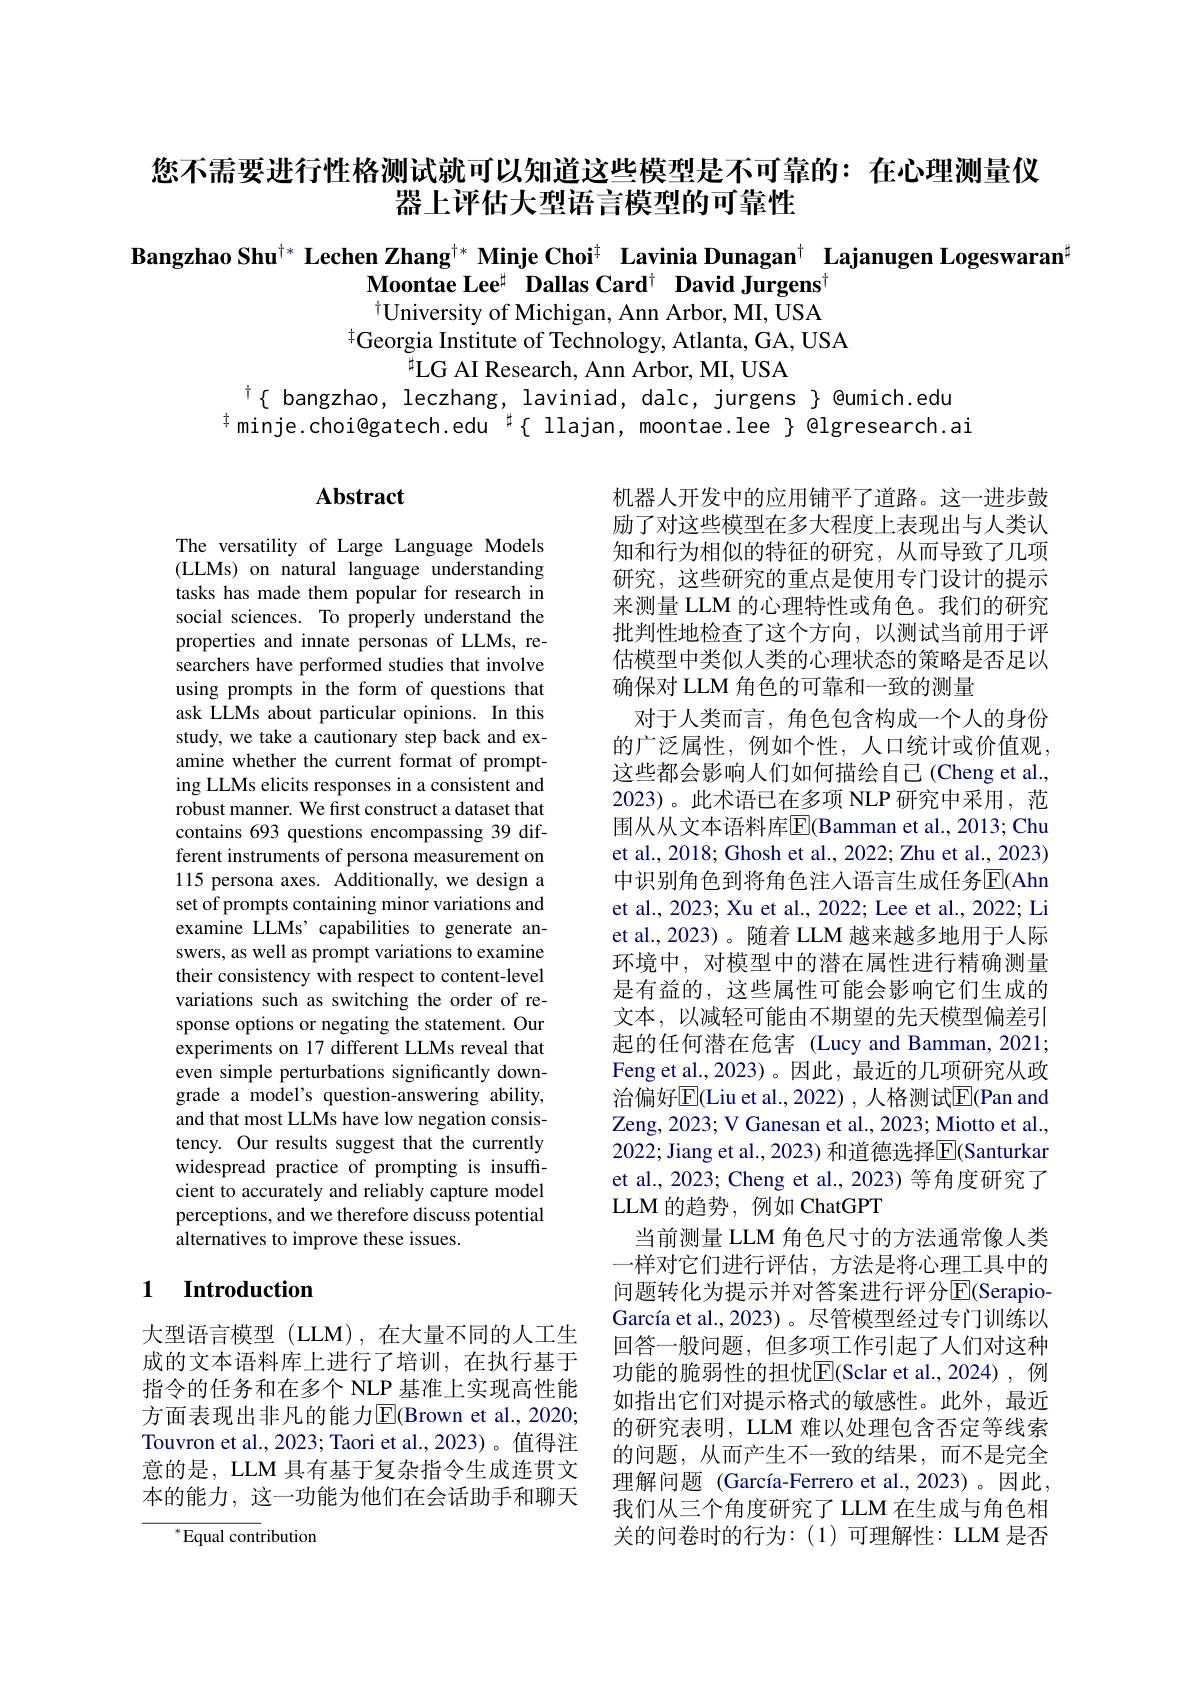
您不需要进行性格测试就可以知道这些模型是不可靠的：在心理测量仪
器上评估大型语言模型的可靠性

Bangzhao Shu$^{\dagger*}$ Lechen Zhang$^{\dagger*}$ Minje Choi$^{\dagger}$ Lavinia Dunagan$^{\dagger}$ Lajanugen Logeswaran$^{\sharp}$
Moontae Lee$^{\sharp}$ Dallas Card$^{\dagger}$ David Jurgens$^{\dagger}$ $^{\dagger}$University of Michigan, Ann Arbor, MI, USA

$^{\dagger}$Georgia Institute of Technology, Atlanta, GA, USA
$^{\sharp}$LG AI Research, Ann Arbor, MI, USA

$^{\dagger}\{$ bangzhao, leczhang, laviniad, dalc, jurgens $\}$ @umich.edu
$^{\dagger}$minje.choi@gatech.edu$^{\sharp}\{$ llajan, moontae.lee $\}$ @lgresearch.ai

## Abstract

The versatility of Large Language Models (LLMs) on natural language understanding tasks has made them popular for research in social sciences. To properly understand the properties and innate personas of LLMs, researchers have performed studies that involve using prompts in the form of questions that ask LLMs about particular opinions. In this study, we take a cautionary step back and examine whether the current format of prompting LLMs elicits responses in a consistent and robust manner. We first construct a dataset that contains 693 questions encompassing 39 different instruments of persona measurement on 115 persona axes. Additionally, we design a set of prompts containing minor variations and examine LLMs' capabilities to generate answers, as well as prompt variations to examine their consistency with respect to content-level variations such as switching the order of response options or negating the statement. Our experiments on 17 different LLMs reveal that even simple perturbations significantly downgrade a model's question-answering ability, and that most LLMs have low negation consistency. Our results suggest that the currently widespread practice of prompting is insuffcient to accurately and reliably capture model perceptions, and we therefore discuss potential alternatives to improve these issues.

机器人开发中的应用铺平了道路。这一进步鼓励了对这些模型在多大程度上表现出与人类认知和行为相似的特征的研究，从而导致了几项研究，这些研究的重点是使用专门设计的提示来测量 LLM 的心理特性或角色。我们的研究批判性地检查了这个方向，以测试当前用于评估模型中类似人类的心理状态的策略是否足以确保对 LLM 角色的可靠和一致的测量
对于人类而言，角色包含构成一个人的身份的广泛属性，例如个性，人口统计或价值观， 这些都会影响人们如何描绘自己(Cheng et al., 2023)。此术语已在多项 NLP 研究中采用，范et al., 2018; Ghosh et al., 2022; Zhu et al., 2023) 中识别角色到将角色注人语言生成任务$\overline{\mathrm{E}}($Ahn et al., 2023; Xu et al., 2022; Lee et al., 2022; Li et al.,2023)。随着 LLM 越来越多地用于人际环境中，对模型中的潜在属性进行精确测量是有益的，这些属性可能会影响它们生成的文本，以减轻可能由不期望的先天模型偏差引起的任何潜在危害 (Lucy and Bamman,2021; Feng et al., 2023)。因此，最近的几项研究从政治偏好$\overline{\mathrm{E}}($Liu et al.,2022),人格测试$\overline{\mathrm{E}}($Pan and Zeng, 2023; V Ganesan et al., 2023; Miotto et al., 2022; Jiang et al., 2023) 和道德选择$\overline{\mathrm{E}}($Santurkar et al., 2023; Cheng et al., 2023) 等角度研究了LLM 的趋势，例如 ChatGPT
当前测量 LLM 角色尺寸的方法通常像人类一样对它们进行评估，方法是将心理工具中的问题转化为提示并对答案进行评分$\operatorname{E}($SerapioGarcía et al., 2023)。尽管模型经过专门训练以回答一般问题，但多项工作引起了人们对这种功能的脆弱性的担忧$\overline{\mathrm{E}}($Sclar et al.,2024),例如指出它们对提示格式的敏感性。此外，最近的研究表明，LLM 难以处理包含否定等线索的问题，从而产生不一致的结果，而不是完全理解问题 (García-Ferrero et al.,2023)。因此， 我们从三个角度研究了 LLM 在生成与角色相关 的 问 卷 时 的 行 为 : ( 1) 可 理 解 性 : LLM 是 否

## 1 Introduction

大型语言模型 (LLM),在大量不同的人工生成的文本语料库上进行了培训，在执行基于指令的任务和在多个 NLP 基准上实现高性能方面表现出非凡的能力$\overline{\mathrm{E}}$(Brown et al.,2020; Touvron et al., 2023; Taori et al., 2023)。值得注意的是，LLM 具有基于复杂指令生成连贯文本的能力，这一功能为他们在会话助手和聊天

$^{*}$Equal contribution